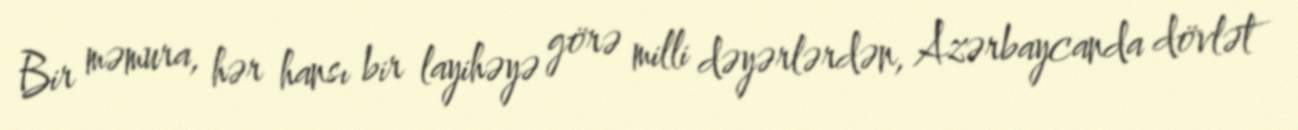
Bir məmura, hər hansı bir layihəyə görə milli dəyərlərdən, Azərbaycanda dövlət